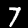
Digit: 7